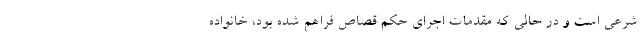
شرعی است و در حالی که مقدمات اجرای حکم قصاص فراهم شده بود، خانواده